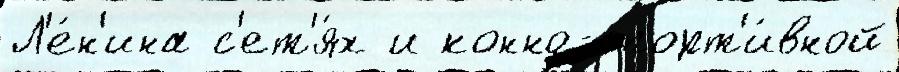
Л'е́н'ина с'ет'я́х и конно-спорт'и́вной